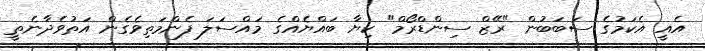
އެއީ އެކަމުގެ ސަބަބުން "ރޭޒް ސިންޑްރޯމް" ކިޔާ ބައްޔެއްގެ މައްސަލަ ފެންމަތިވެގެން އަތުވެދާނެތީ